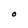
Character: O